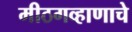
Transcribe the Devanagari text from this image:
मीठगव्हाणाचे